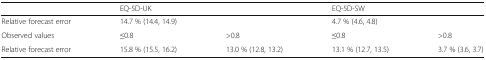
<table><thead><tr><td></td><td colspan="2"><b>EQ-5D-UK</b></td><td colspan="2"><b>EQ-5D-SW</b></td></tr></thead><tbody><tr><td>Relative forecast error</td><td colspan="2">14.7 % (14.4, 14.9)</td><td colspan="2">4.7 % (4.6, 4.8)</td></tr><tr><td>Observed values</td><td>≤0.8</td><td>&gt;0.8</td><td>≤0.8</td><td>&gt;0.8</td></tr><tr><td>Relative forecast error</td><td>15.8 % (15.5, 16.2)</td><td>13.0 % (12.8, 13.2)</td><td>13.1 % (12.7, 13.5)</td><td>3.7 % (3.6, 3.7)</td></tr></tbody></table>